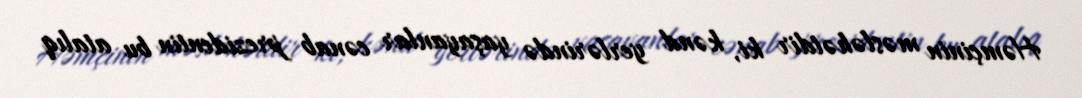
Həmçinin məsləhətdir ki, kənd yerlərində yaşayanlar cənab prezidentin bu atalıq